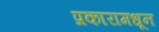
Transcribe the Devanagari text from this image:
प्रकारामधून